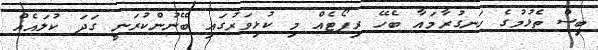
ބިސް ތެޅުމުގެ ހަނގުރާމައާ ބެހޭ ރިޕޯޓެއް މި ކުޅިވަރުގައި ބޭނުންކުރަނީ ގަދަ ކުލައެއް